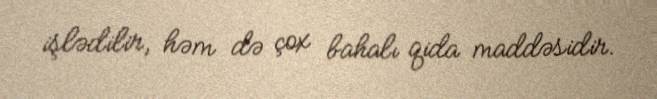
işlədilir, həm də çox bahalı qida maddəsidir.